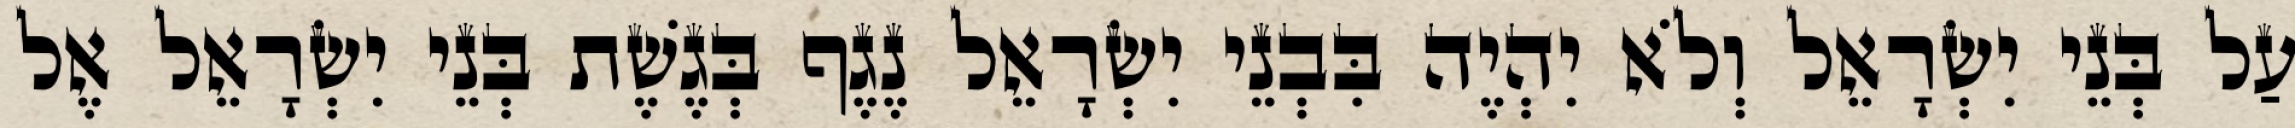
עַל בְּנֵי יִשְׂרָאֵל וְלֹא יִהְיֶה בִּבְנֵי יִשְׂרָאֵל נֶגֶף בְּגֶשֶׁת בְּנֵי יִשְׂרָאֵל אֶל